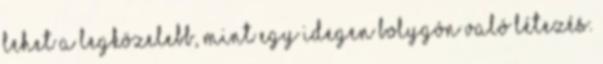
lehet a legközelebb, mint egy idegen bolygón való létezés.